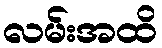
လမ်းအထိ